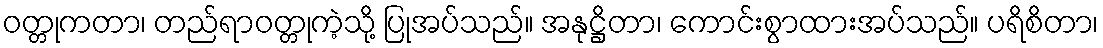
ဝတ္တုကတာ၊ တည်ရာဝတ္တုကဲ့သို့ ပြုအပ်သည်။ အနုဋ္ဌိတာ၊ ကောင်းစွာထားအပ်သည်။ ပရိစိတာ၊